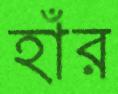
হাঁর